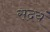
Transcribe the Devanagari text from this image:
सदयं